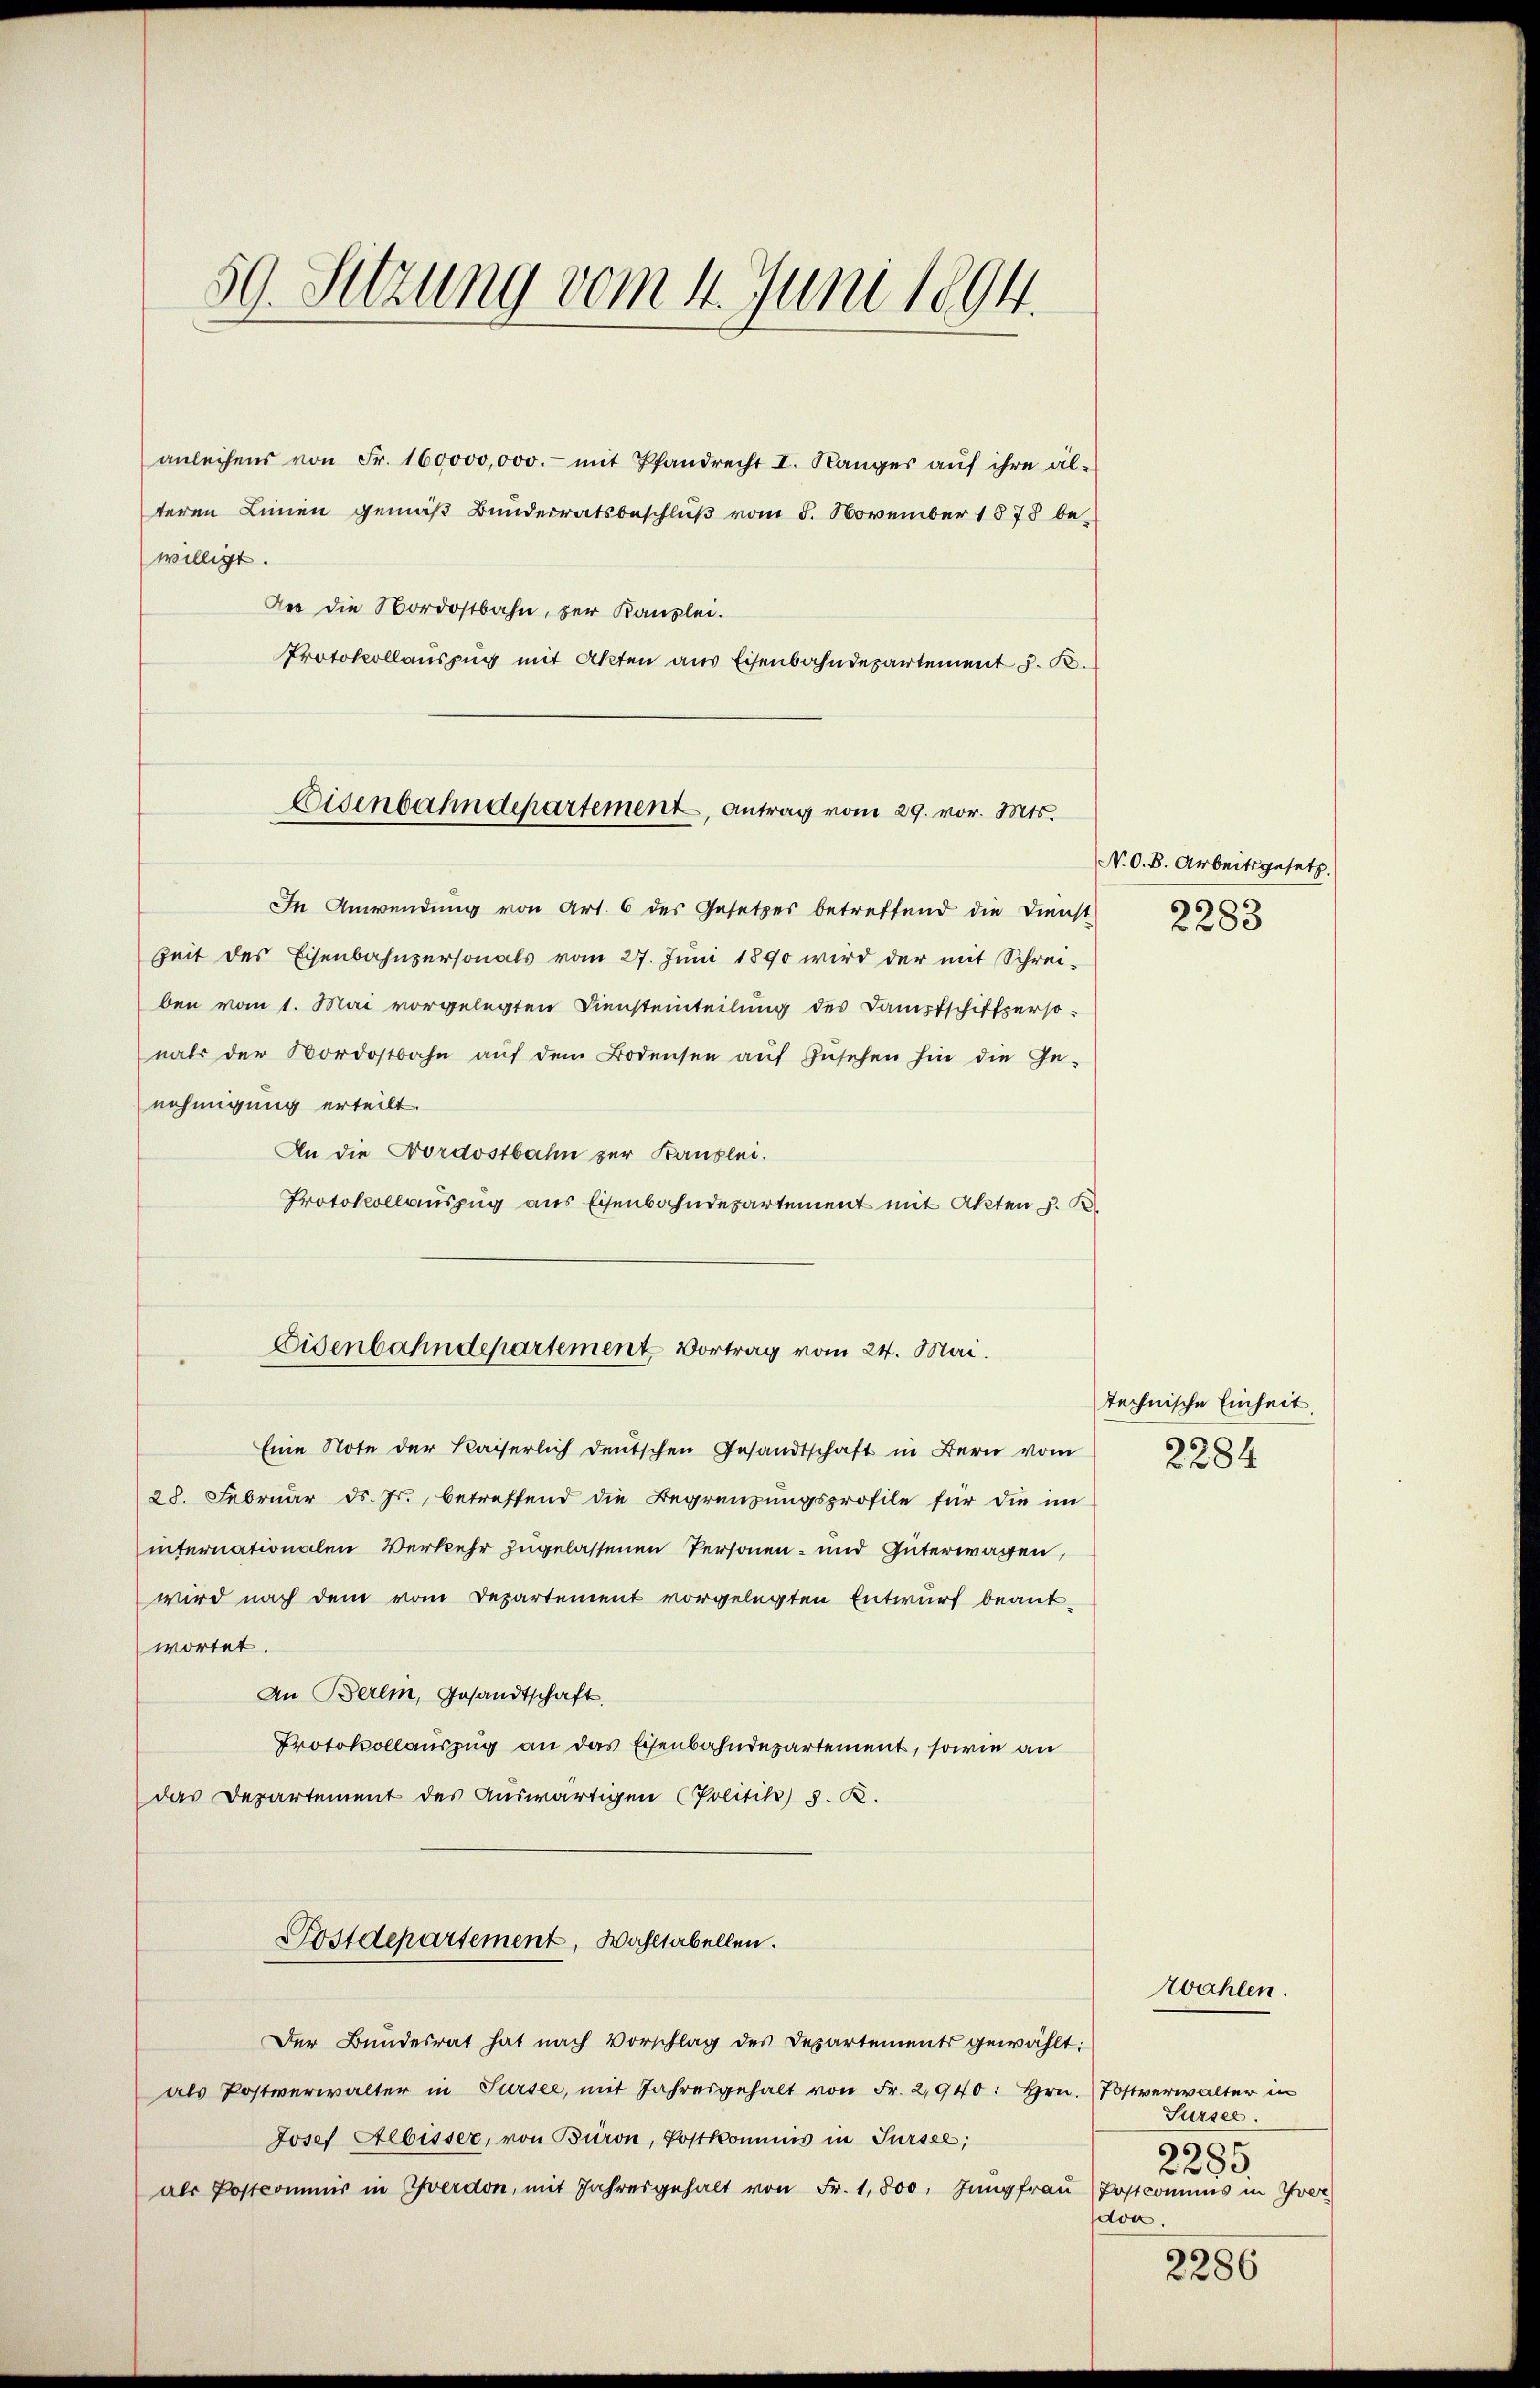
59. Sitzung vom 4. Juni 1894.

anleihens von Fr. 160000,000.- mit Pfandrecht I. Ranges aŭf ihre al-
teren Linien gemäß Bunderratsbeschluß vom 8. November 1878 be-
willigt.
Der die Nordostbahn, zur Kanzlei.
Protokollauszug mit Akten aus Eisenbahndepartement J. K.

Eisenbahndepartement, antrag vom 29. vor. Mts.

Eisenbahndepartement Vortrag vom 24. Mai.

In Anwendung von Art. 6 des Gesetzes betreffend die Dienst
Zeit des Eisenbahnpersonals vom 27. Juni 1890 wird der mit Schrei-
ben vom 1. Mai vorgelegten Diensteinteilung des Dampfschiftpersonals der Nordostbahn aŭf dem Bodensee aŭf Zŭsehen hin die Ge-
nehmigung erteilt.
An die Nordostbahn zur Kanzlei.
Protokollauszug aus Eisenbahndepartement mit Akten u. K
Eine Note der Kaiserlich deutschen Gesandtschaft in Bern vom
28. Februar d. Js., betreffend die Begrenzungsprofile für die im
internationalen Verkehr zugelassenen Personen- und Güterwagen,
wird nach dem vom Departement vorgelegten Entwurf beantwortet.
An Berlin, Gesandtschaft.
Protokollauszug an das Eisenbahndepartement, sowie an
das Departement des Auswärtigen (Politik) 5. R.
Postdepartement, Wahltabellen.
Der Bundesrat hat nach Vorschlag des Departements gewählt:
als Postverwalter in Sursee, mit Jahresgehalt von Fr. 2,940: hrn. Postverwalter in
Josef Albisser, von Büron, Postkommnis in Sursee,
als Postcommis in verdon, mit Jahresgehalt von Fr. 1,800. Jŭngfrau Postcommis in Yver

N. O. B. Arbeitsgesetz
2283

technische Einheit.
2284

Sursee.
¬
2285.
sdon.

zwahlen.

2286